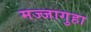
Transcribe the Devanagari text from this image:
मज्जागुहा